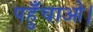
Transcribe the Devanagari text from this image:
पहुँचाओ।